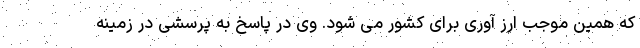
که همین موجب ارز آوری برای کشور می شود. وی در پاسخ به پرسشی در زمینه